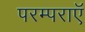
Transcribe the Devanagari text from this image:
परम्पराएॅ